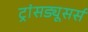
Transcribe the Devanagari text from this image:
ट्रांसड्यूसर्स